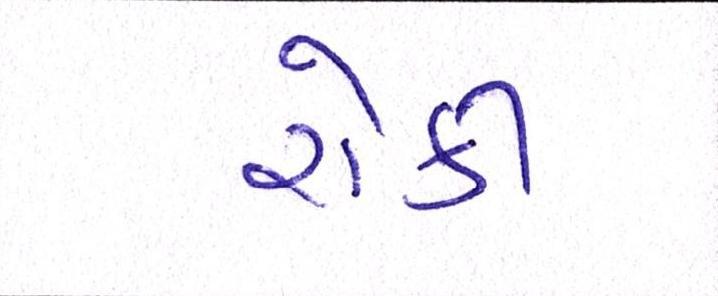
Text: રોકી